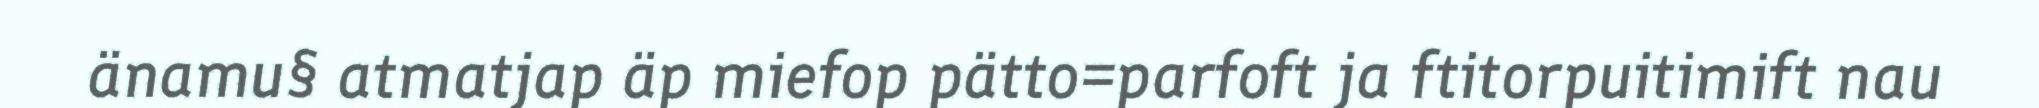
änamu§ atmatjap äp miefop pätto=parfoft ja ftitorpuitimift nau